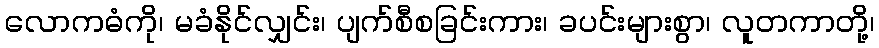
လောကဓံကို၊ မခံနိုင်လျှင်း၊ ပျက်စီစခြင်းကား၊ ခပင်းများစွာ၊ လူတကာတို့၊